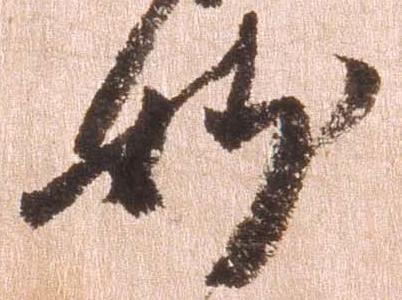
妙